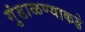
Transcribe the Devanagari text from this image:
गुंडाळण्याकडे